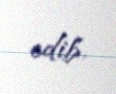
edib.